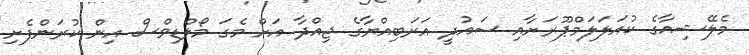
މެލޭޝިއާގެ ކުއަލަލަމްޕޫރަށާއި ސައުދީ އަރަބިއްޔާގެ ޖިއްދާ އަށް މެގަ މޯލްޑިވްސް އިން ކުރަންފެށި